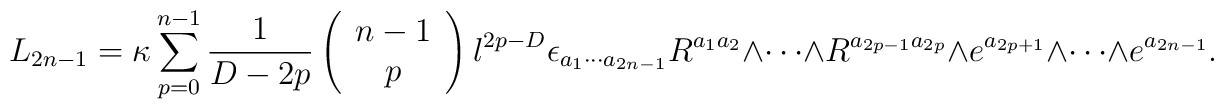
L_{2n-1}=\kappa\sum_{p=0}^{n-1} \frac{1}{D-2p} \left( \begin{array}{c}n-1 \\p \end{array} \right) l^{2p-D} \epsilon_{a_1 \cdots a_{2n-1}}R^{a_1 a_2}\wedge \cdots \wedge R^{a_{2p-1} a_{2p}}\wedge e^{a_{2p+1}}\wedge \cdots \wedge e^{a_{2n-1}}.